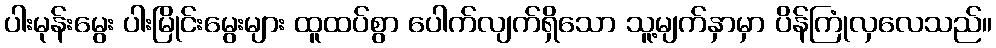
ပါးမုန်းမွေး ပါးမြိုင်းမွေးများ ထူထပ်စွာ ပေါက်လျက်ရှိသော သူ့မျက်နှာမှာ ပိန်ကြုံလှလေသည်။